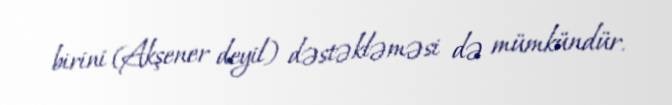
birini (Akşener deyil) dəstəkləməsi də mümkündür.